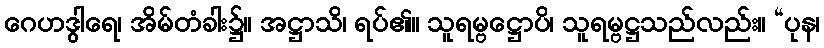
ဂေဟဒွါရေ၊ အိမ်တံခါး၌။ အဋ္ဌာသိ၊ ရပ်၏။ သူရမ္ဗဋ္ဌောပိ၊ သူရမ္ဗဋ္ဌသည်လည်း။ “ပုန၊